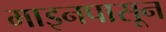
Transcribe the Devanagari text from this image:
माइनपासून